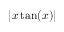
| x \tan ( x ) |